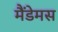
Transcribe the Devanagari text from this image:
मैंडेमस